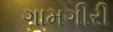
ગામગીરી